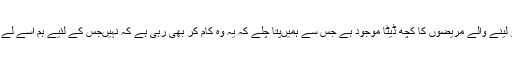
اور اس کو لینے والے مریضوں کا کچھ ڈیٹا موجود ہے جس سے ہمیں‌پتا چلے کہ یہ وہ کام کر بھی رہی ہے کہ نہیں‌جس کے لئیے ہم اسے لے رہے ہیں؟